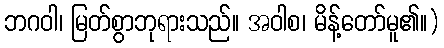
ဘဂဝါ၊ မြတ်စွာဘုရားသည်။ အဝါစ၊ မိန့်တော်မူ၏။)